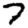
Digit: 7